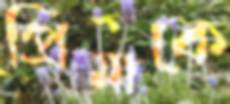
প্রিমাকে